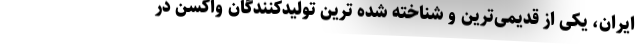
ایران، یکی از قدیمی‌ترین و شناخته شده ترین تولیدکنندگان واکسن در